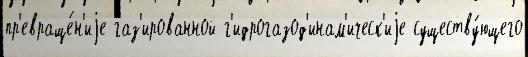
пр'евраще́н'иjе газ'ированной г'идрогазод'инам'ическ'иjе существу́ющего